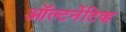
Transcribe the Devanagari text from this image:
ऑल्टर्नेटिव्ह